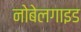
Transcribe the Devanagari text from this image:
नोबेलगाइड